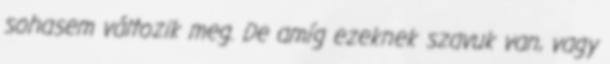
sohasem változik meg. De amíg ezeknek szavuk van, vagy